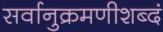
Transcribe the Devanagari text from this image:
सर्वानुक्रमणीशब्दं